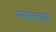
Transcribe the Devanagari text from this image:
गम्भीरतापूर्क